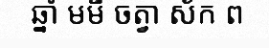
ឆ្នាំ មមី ចត្វា ស័ក ព